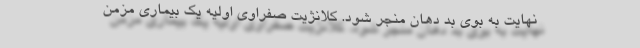
نهایت به بوی بد دهان منجر شود. کلانژیت صفراوی اولیه یک بیماری مزمن